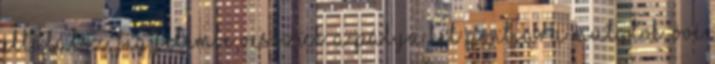
eltalálsz, figyelembe vesszük. A pálya két pontjára mutatok, övé